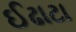
ઈઢાટા